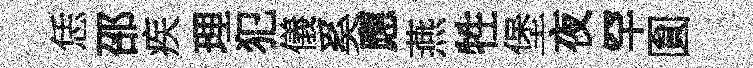
恁邵疾理犯儀奚應燕牲堡夜罕圎